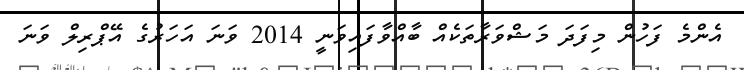
އެންމެ ފަހުން މިފަދަ މަޝްވަރާތަކެއް ބާއްވާފައިވަނީ 2014 ވަނަ އަހަރުގެ އޭޕްރިލް ވަނަ